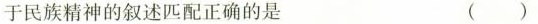
于民族精神的叙述匹配正确的是 （）